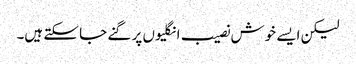
لیکن ایسے خوش نصیب انگلیوں پر گنے جا سکتے ہیں۔